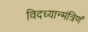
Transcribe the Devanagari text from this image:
विदध्यान्मंत्रिणं